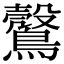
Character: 𪆪